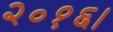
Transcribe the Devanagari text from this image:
२०१६।